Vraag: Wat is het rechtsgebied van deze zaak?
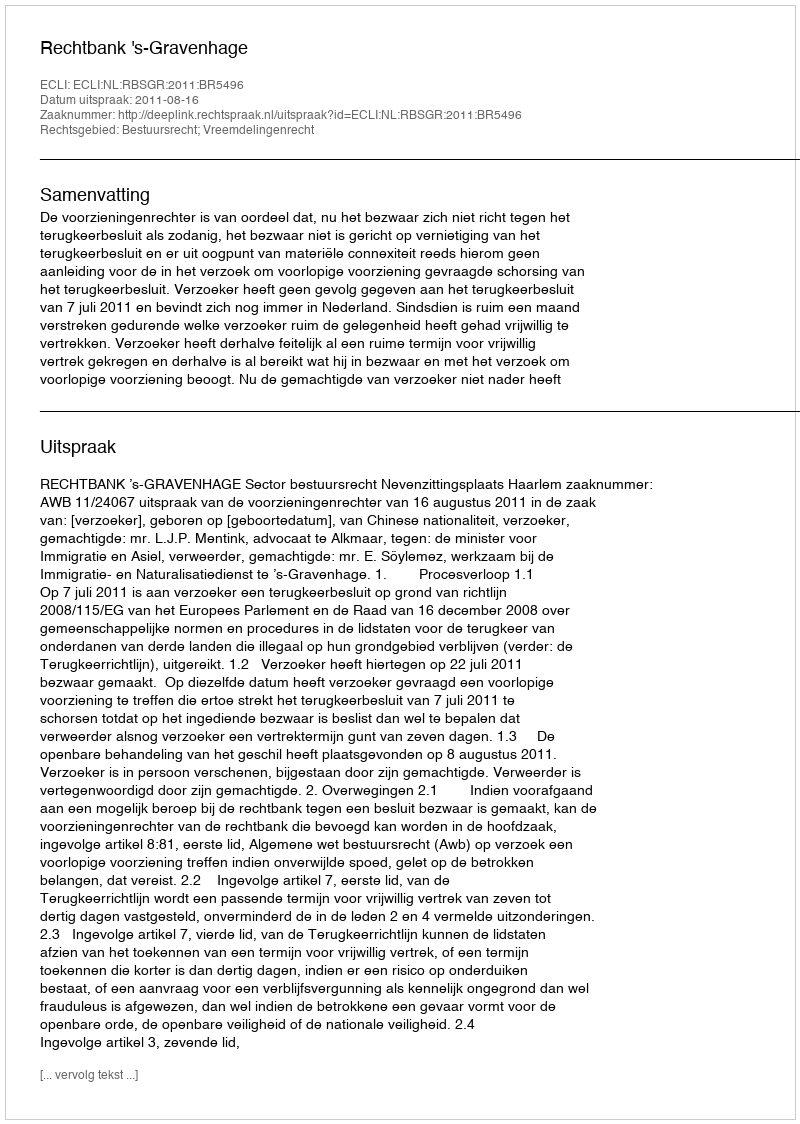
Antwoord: Bestuursrecht; Vreemdelingenrecht